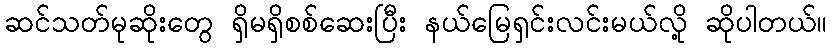
ဆင်သတ်မုဆိုးတွေ ရှိမရှိစစ်ဆေးပြီး နယ်မြေရှင်းလင်းမယ်လို့ ဆိုပါတယ်။